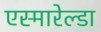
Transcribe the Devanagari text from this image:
एस्मारेल्डा